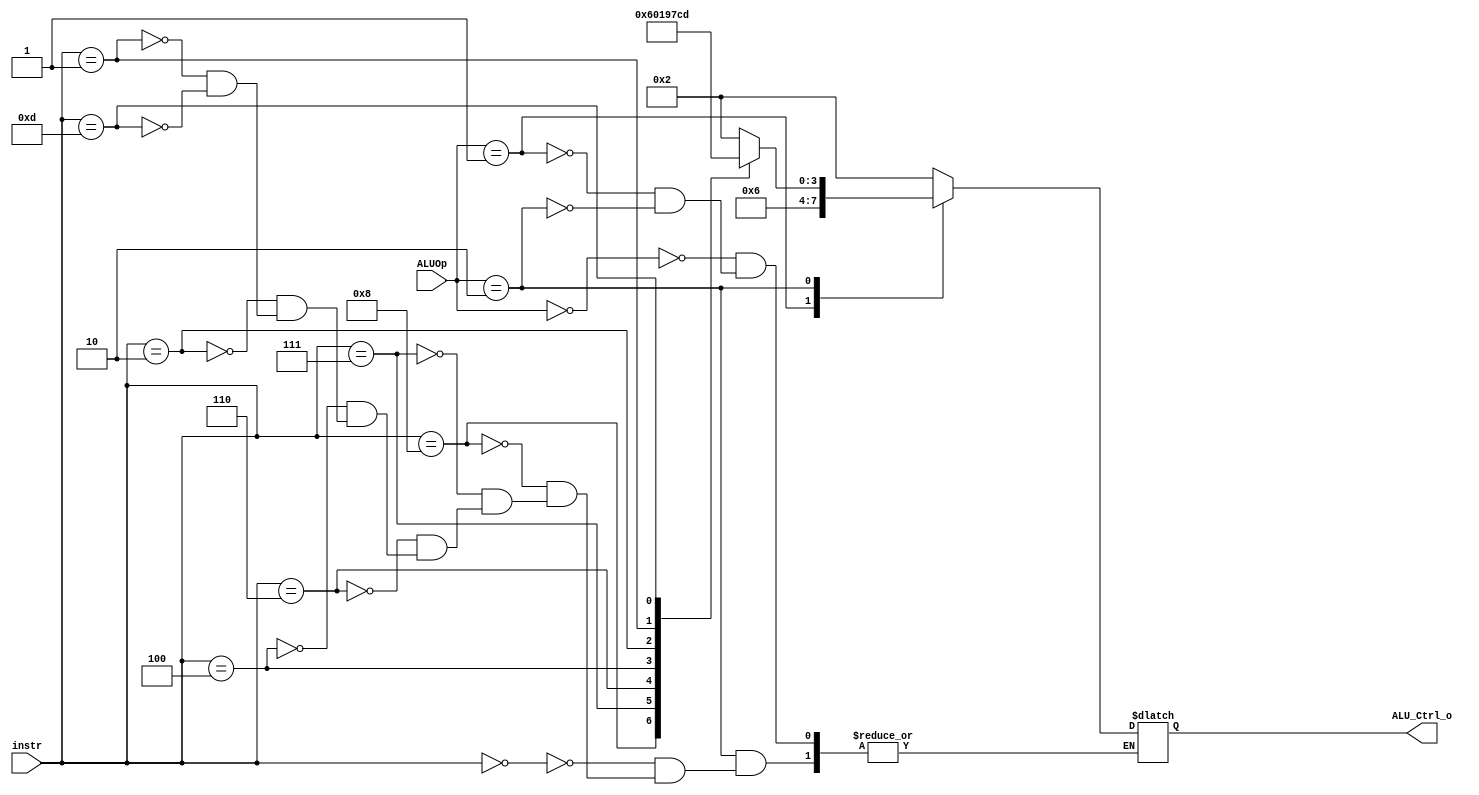
`timescale 1ns/1ps

module ALU_Ctrl(
	input		[4-1:0]	instr, // I[30]+funct3
	input		[2-1:0]	ALUOp,
	output	reg [4-1:0] ALU_Ctrl_o
	);
	
always@(*) begin
	case(ALUOp)
		2'b00: ALU_Ctrl_o <= 4'b0010;  // ld and sd
		2'b01: ALU_Ctrl_o <= 4'b0110; // beq
		2'b10: 
			case(instr)
				4'b0000: ALU_Ctrl_o <= 4'b0010; // add 
				4'b1000: ALU_Ctrl_o <= 4'b0110; // sub
				4'b0111: ALU_Ctrl_o <= 4'b0000; // and
				4'b0110: ALU_Ctrl_o <= 4'b0001; // or
				4'b0100: ALU_Ctrl_o <= 4'b1001; // xor
				4'b0010: ALU_Ctrl_o <= 4'b0111; // slt
				4'b0001: ALU_Ctrl_o <= 4'b1100; // sll
				4'b1101: ALU_Ctrl_o <= 4'b1101; // sra
			endcase
	endcase
end


endmodule